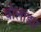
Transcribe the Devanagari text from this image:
बोलांड्या